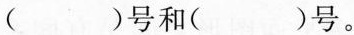
( )号和( )号。